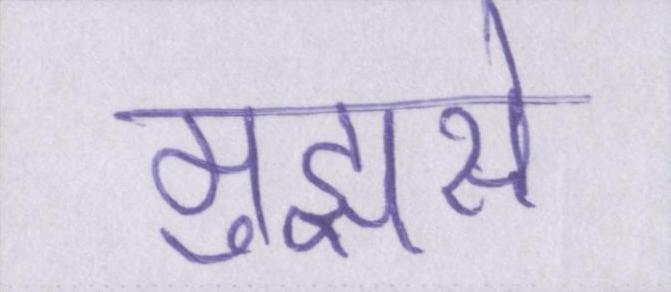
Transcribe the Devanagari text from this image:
मुझसे